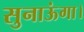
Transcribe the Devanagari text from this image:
सुनाऊंगा।